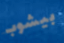
بيشوب